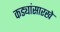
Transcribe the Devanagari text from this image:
कड्यांसारखे